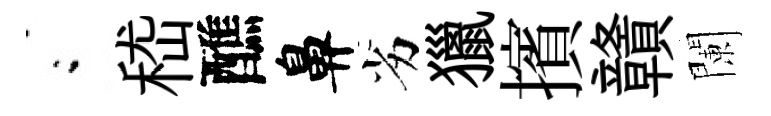
閤嵇醮鼻劣獵擯贛闌